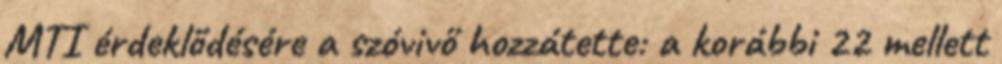
MTI érdeklődésére a szóvivő hozzátette: a korábbi 22 mellett